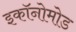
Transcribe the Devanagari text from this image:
इकॉनोमोड